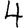
Digit: 4